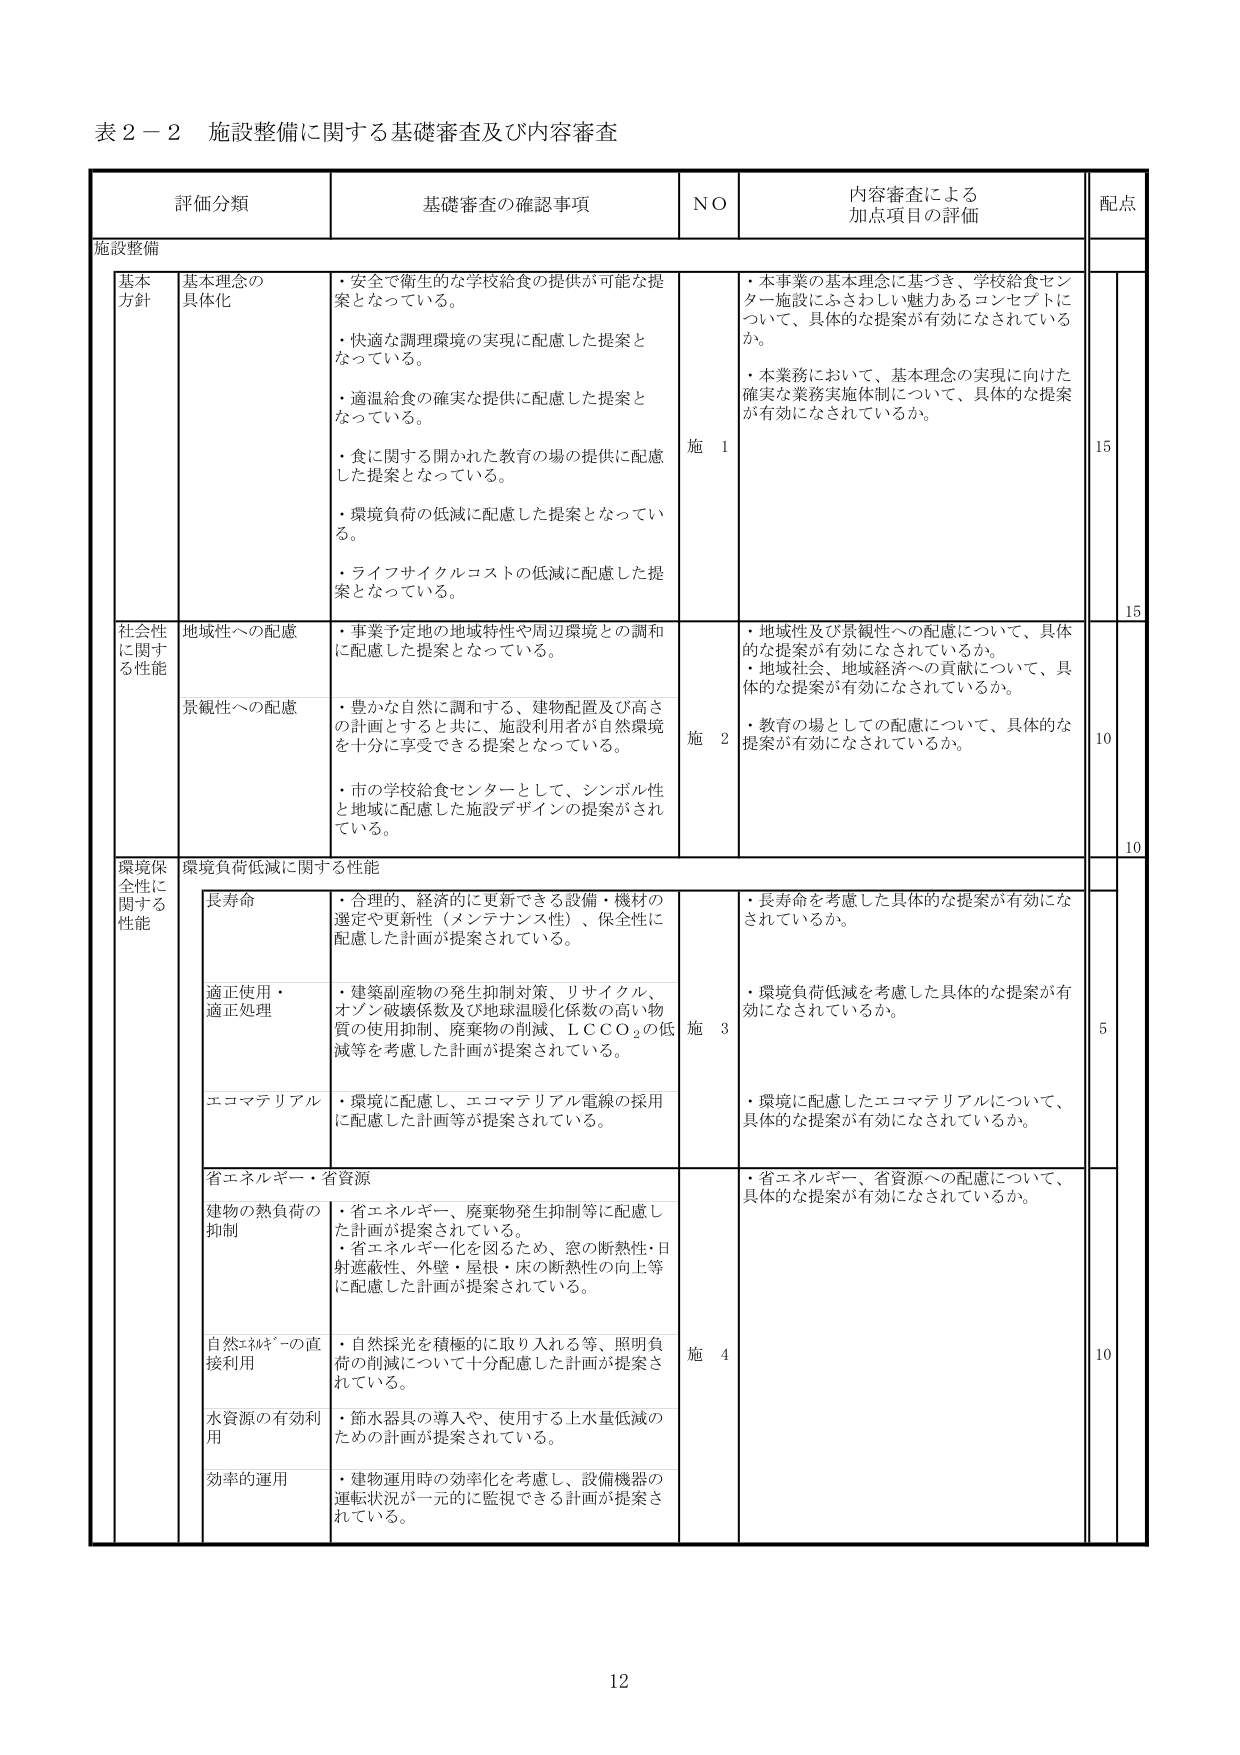
表２－２ 施設整備に関する基礎審査及び内容審査

評価分類 基礎審査の確認事項 NO 内容審査による加点項目の評価 配点

施設整備

基本方針 基本理念の具体化
・安全で衛生的な学校給食の提供が可能な提案となっている。
・快適な調理環境の実現に配慮した提案となっている。
・適温給食の確実な提供に配慮した提案となっている。
・食に関する開かれた教育の場の提供に配慮した提案となっている。
・環境負荷の低減に配慮した提案となっている。
・ライフサイクルコストの低減に配慮した提案となっている。
施 1
・本事業の基本理念に基づき、学校給食センター施設にふさわしい魅力あるコンセプトについて、具体的な提案が有効になされているか。
・本業務において、基本理念の実現に向けた確実な業務実施体制について、具体的な提案が有効になされているか。
15

社会性に関する性能 地域性への配慮
・事業予定地の地域特性や周辺環境との調和に配慮した提案となっている。
施 2
・地域性及び景観性への配慮について、具体的な提案が有効になされているか。
・地域社会、地域経済への貢献について、具体的な提案が有効になされているか。
15

景観性への配慮
・豊かな自然に調和する、建物配置及び高さの計画とすると共に、施設利用者が自然環境を十分に享受できる提案となっている。
・市の学校給食センターとして、シンボル性と地域に配慮した施設デザインの提案がされている。
・教育の場としての配慮について、具体的な提案が有効になされているか。
10

環境保全性に関する性能 環境負荷低減に関する性能

長寿命
・合理的、経済的に更新できる設備・機材の選定や更新性（メンテナンス性）、保全性に配慮した計画が提案されている。
施 3
・長寿命を考慮した具体的な提案が有効になされているか。
5

適正使用・適正処理
・建築副産物の発生抑制対策、リサイクル、オゾン破壊係数及び地球温暖化係数の高い物質の使用抑制、廃棄物の削減、ＬＣＣＯ₂の低減等を考慮した計画が提案されている。
・環境負荷低減を考慮した具体的な提案が有効になされているか。

エコマテリアル
・環境に配慮し、エコマテリアル電線の採用に配慮した計画等が提案されている。
・環境に配慮したエコマテリアルについて、具体的な提案が有効になされているか。

省エネルギー・省資源

建物の熱負荷の抑制
・省エネルギー、廃棄物発生抑制等に配慮した計画が提案されている。
・省エネルギー化を図るため、窓の断熱性・日射遮蔽性、外壁・屋根・床の断熱性の向上等に配慮した計画が提案されている。
施 4
・省エネルギー、省資源への配慮について、具体的な提案が有効になされているか。
10

自然エネルギーの直接利用
・自然採光を積極的に取り入れる等、照明負荷の削減について十分配慮した計画が提案されている。

水資源の有効利用
・節水器具の導入や、使用する上水量低減のための計画が提案されている。

効率的運用
・建物運用時の効率化を考慮し、設備機器の運転状況が一元的に監視できる計画が提案されている。

12